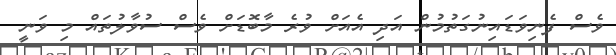
ވެސް ފެނިވަޑައިނުގަތުމުން އަދި އެއަށް ވުރެ މާބޮޑަށް ވެސް ސުވާލުތައް މި ވަނީ